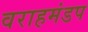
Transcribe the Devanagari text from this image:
वराहमंडप